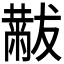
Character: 𫩋